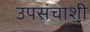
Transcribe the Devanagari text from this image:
उपसंचाशी